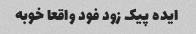
ایده پیک زود فود واقعا خوبه